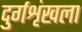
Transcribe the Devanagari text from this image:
दुर्गशृंखला